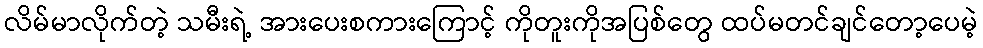
လိမ်မာလိုက်တဲ့ သမီးရဲ့ အားပေးစကားကြောင့် ကိုတူးကိုအပြစ်တွေ ထပ်မတင်ချင်တော့ပေမဲ့